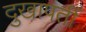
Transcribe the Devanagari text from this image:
दुखापतीं